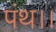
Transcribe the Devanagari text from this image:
पंथ।।